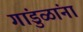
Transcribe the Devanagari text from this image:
गांडुळांना